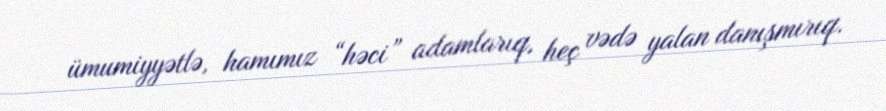
ümumiyyətlə, hamımız “həci” adamlarıq, heç vədə yalan danışmırıq.